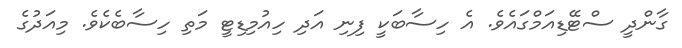
ގާންދީ ސްޓޭޑިއަމްގައެވެ. އެ ހިސާބަކީ ފިނި އަދި ހިއުމިޑިޓީ މަތި ހިސާބެކެވެ. މިއަދުގެ